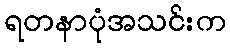
ရတနာပုံအသင်းက